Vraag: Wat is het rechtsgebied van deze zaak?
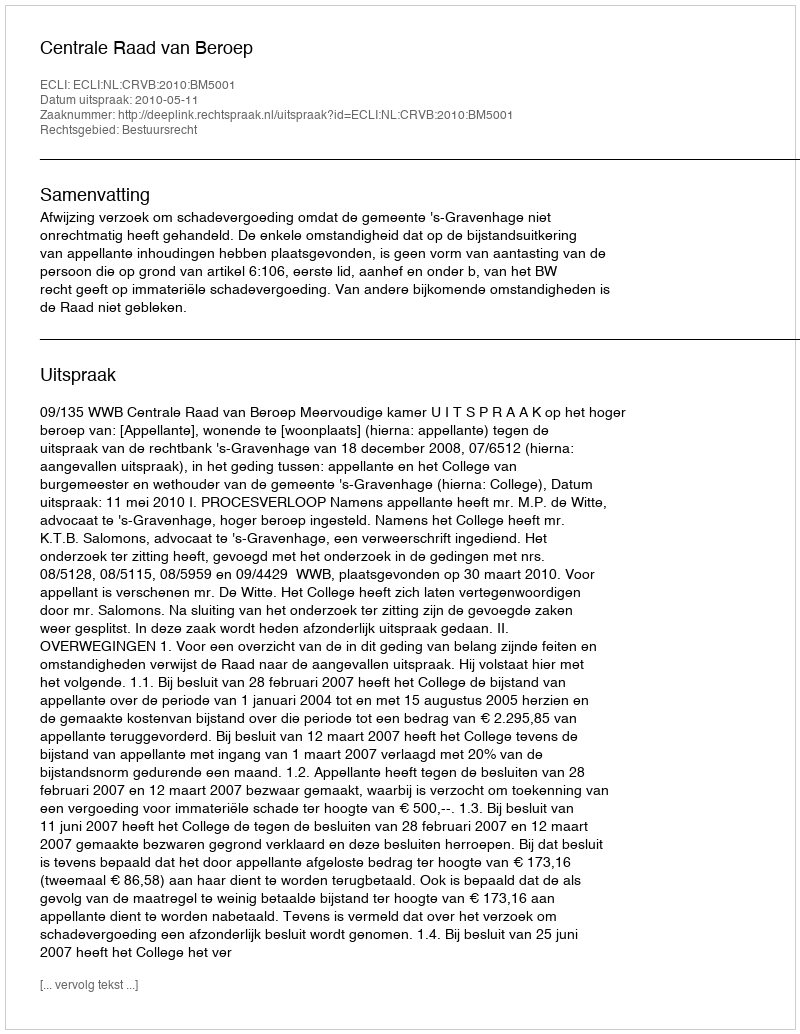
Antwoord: Bestuursrecht